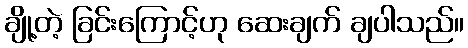
ချို့တဲ့ ခြင်းကြောင့်ဟု ဆေးချက် ချပါသည်။